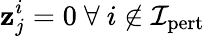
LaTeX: \textbf{z}_{j}^{i}=0\ \forall\ i\not\in\mathcal{I}_{\mathrm{pert}}